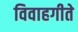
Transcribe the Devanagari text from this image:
विवाहगीते